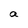
Character: a